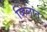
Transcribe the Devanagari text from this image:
व्हिलांत